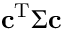
\mathbf { c } ^ { \mathrm { { T } } } \Sigma \mathbf { c }